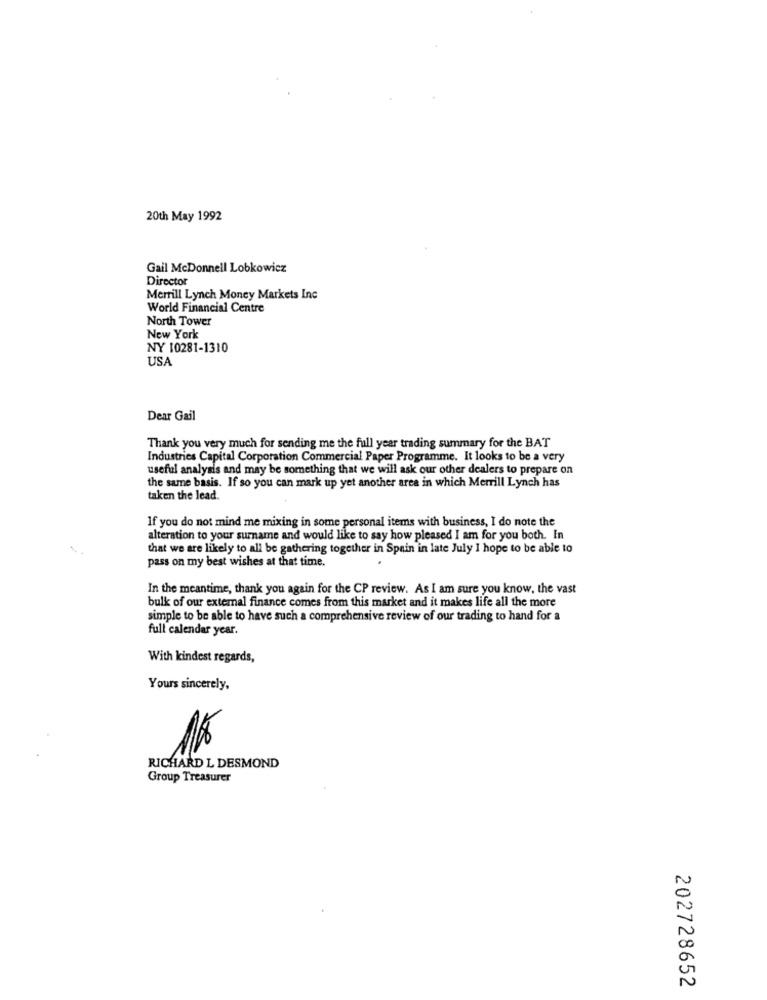
20th May 1992
Gail McDonnell Lobkowicz
Director
Merrill Lynch Money Markets Inc
World Financial Centre
North Tower
New York
NY 10281-1310
USA
Dear Gail
Thank you very much for sending me the full year trading summary for the BAT
Industries Capital Corporation Commercial Paper Programme. It looks to be a very
useful analysis and may be something that we will ask our other dealers to prepare on
the same basis. If so you can mark up yet another area in which Merrill Lynch has
taken the lead.
If you do not mind me mixing in some personal items with business, I do note the
alteration to your surname and would like to say how pleased I am for you both. In
that we are likely to all be gathering together in Spain in late July I hope to be able to
pass on my best wishes at that time.
In the meantime, thank you again for the CP review. As I am sure you know, the vast
bulk of our external finance comes from this market and it makes life all the more
simple to be able to have such a comprehensive review of our trading to hand for a
full calendar year.
With kindest regards,
Yours sincerely,
RICHARD L DESMOND
Group Treasurer
v
00
202728652